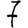
Digit: 7